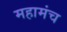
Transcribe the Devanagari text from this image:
महामंच